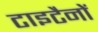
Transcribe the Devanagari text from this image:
टाइटैनों